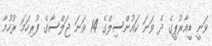
ވަނީ ޑީއާރުޕީގެ ދެ ވަނަ ކައުންސިލްގެ 14 ވަނަ ޖަލްސާގެ ފުރިހަމަ ރުހުމާ